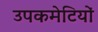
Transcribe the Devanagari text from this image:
उपकमेटियों